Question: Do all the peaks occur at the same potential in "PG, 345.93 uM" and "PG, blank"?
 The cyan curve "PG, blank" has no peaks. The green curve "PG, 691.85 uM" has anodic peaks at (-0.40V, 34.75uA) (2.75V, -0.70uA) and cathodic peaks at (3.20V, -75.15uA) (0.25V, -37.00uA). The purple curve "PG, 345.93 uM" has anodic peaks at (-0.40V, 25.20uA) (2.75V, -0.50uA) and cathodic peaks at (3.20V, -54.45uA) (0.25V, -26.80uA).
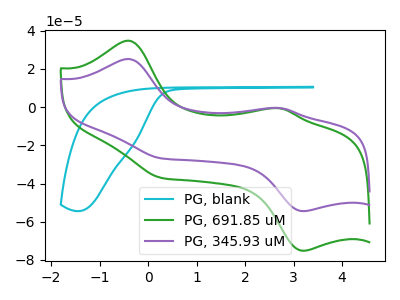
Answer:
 <answer>No, "PG, 345.93 uM" and "PG, blank" have a different number of peaks.</answer>
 <eval>different_amount</eval>